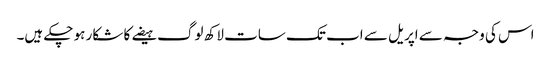
اس کی وجہ سے اپریل سے اب تک سات لاکھ لوگ ہیضے کا شکار ہو چکے ہیں۔